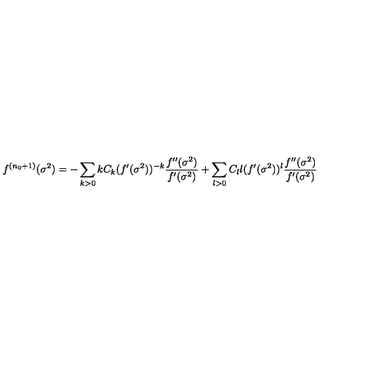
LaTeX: f ^ { ( n _ { 0 } + 1 ) } ( \sigma ^ { 2 } ) = - \sum _ { k > 0 } k C _ { k } ( f ^ { \prime } ( \sigma ^ { 2 } ) ) ^ { - k } \frac { f ^ { \prime \prime } ( \sigma ^ { 2 } ) } { f ^ { \prime } ( \sigma ^ { 2 } ) } + \sum _ { l > 0 } C _ { l } l ( f ^ { \prime } ( \sigma ^ { 2 } ) ) ^ { l } \frac { f ^ { \prime \prime } ( \sigma ^ { 2 } ) } { f ^ { \prime } ( \sigma ^ { 2 } ) }